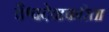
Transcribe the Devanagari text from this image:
वैश्वदेवाकरिता